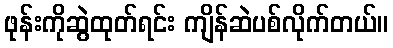
ဖုန်းကိုဆွဲထုတ်ရင်း ကျိန်ဆဲပစ်လိုက်တယ်။